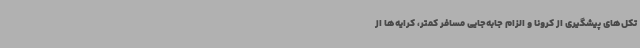
تکل‌های پیشگیری از کرونا و الزام جابه‌جایی مسافر کمتر، کرایه‌ها از